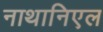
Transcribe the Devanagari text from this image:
नाथानिएल